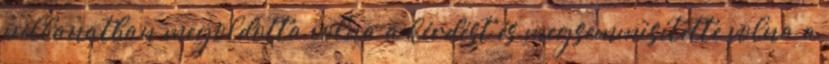
pillanatban megoldotta volna a kérdést és megsemmisítette volna a